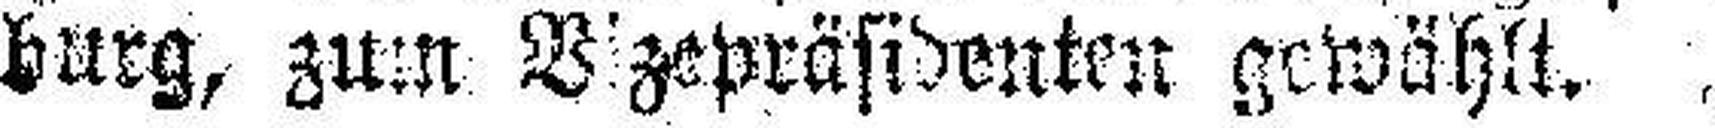
burg, zum Vizepräsidenten gewählt.